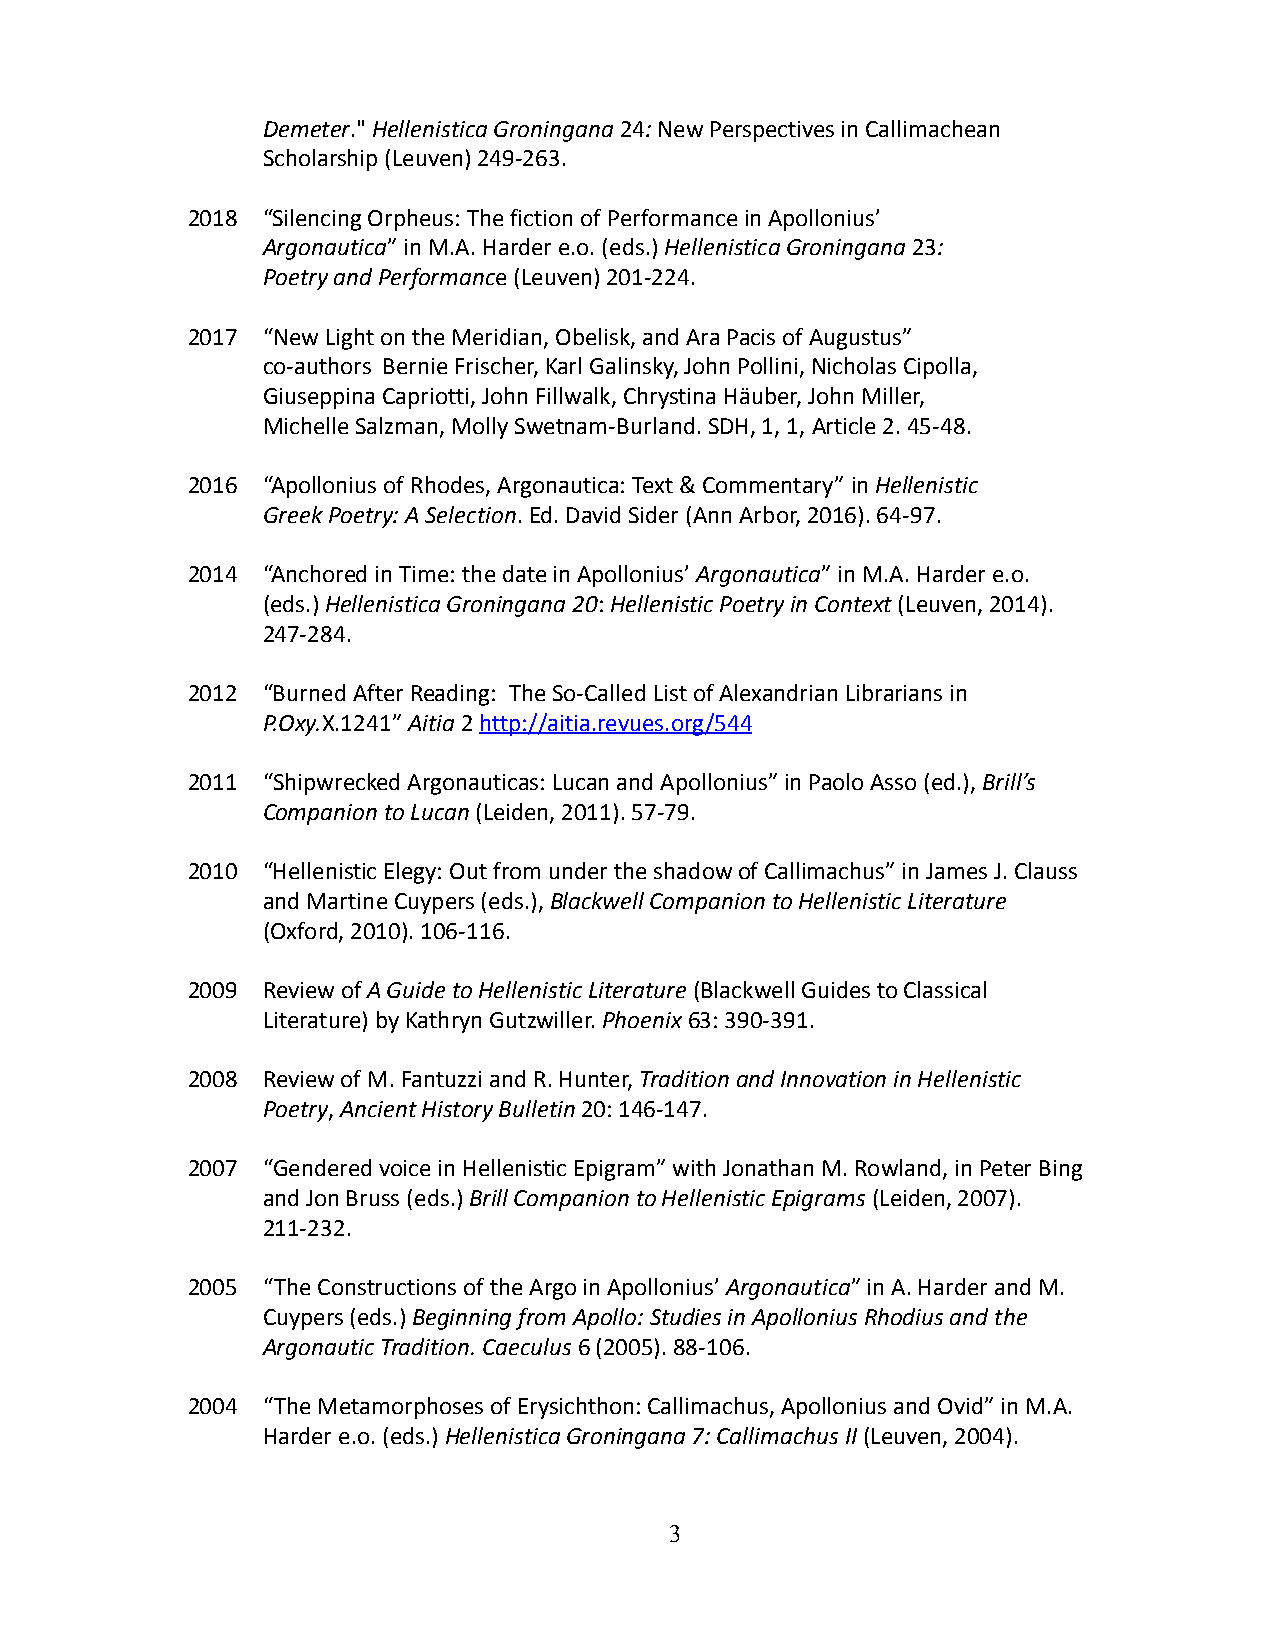
Demeter."Hellenistica Groningana24:New Perspectives in Callimachean
 Scholarship (Leuven) 249-263.
 2018 “Silencing Orpheus: The fiction of Performancein Apollonius’
 Argonautica” in M.A. Harder e.o. (eds.)HellenisticaGroningana23:
 Poetry and Performance (Leuven) 201-224.
 2017 “New Light on the Meridian, Obelisk, and AraPacis of Augustus”
 co-authors Bernie Frischer, Karl Galinsky, John Pollini,Nicholas Cipolla,
 Giuseppina Capriotti, John Fillwalk, Chrystina Häuber,John Miller,
 Michelle Salzman, Molly Swetnam-Burland. SDH, 1, 1,Article 2. 45-48.
 2016 “Apollonius of Rhodes, Argonautica: Text & Commentary”inHellenistic
 Greek Poetry: A Selection. Ed. David Sider (Ann Arbor,2016). 64-97.
 2014 “Anchored in Time: the date in Apollonius’Argonautica”in M.A. Harder e.o.
 (eds.)Hellenistica Groningana 20:Hellenistic Poetryin Context(Leuven, 2014).
 247-284.
 2012 “Burned After Reading: The So-Called List ofAlexandrian Librarians in
 P.Oxy.X.1241”Aitia2http://aitia.revues.org/544
 2011 “Shipwrecked Argonauticas: Lucan and Apollonius”in Paolo Asso (ed.),Brill’s
 Companion to Lucan(Leiden, 2011). 57-79.
 2010 “Hellenistic Elegy: Out from under the shadowof Callimachus” in James J. Clauss
 and Martine Cuypers (eds.),Blackwell Companion toHellenistic Literature
 (Oxford, 2010). 106-116.
 2009 Review ofA Guide to Hellenistic Literature(BlackwellGuides to Classical
 Literature) by Kathryn Gutzwiller.Phoenix63: 390-391.
 2008 Review of M. Fantuzzi and R. Hunter,Traditionand Innovation in Hellenistic
 Poetry,Ancient History Bulletin20: 146-147.
 2007 “Gendered voice in Hellenistic Epigram” withJonathan M. Rowland, in Peter Bing
 and Jon Bruss (eds.)Brill Companion to HellenisticEpigrams(Leiden, 2007).
 211-232.
 2005 “The Constructions of the Argo in Apollonius’Argonautica” in A. Harder and M.
 Cuypers (eds.)Beginning from Apollo: Studies in ApolloniusRhodius and the
 Argonautic Tradition. Caeculus6 (2005). 88-106.
 2004 “The Metamorphoses of Erysichthon: Callimachus,Apollonius and Ovid” in M.A.
 Harder e.o. (eds.)Hellenistica Groningana 7: CallimachusII(Leuven, 2004).
 3